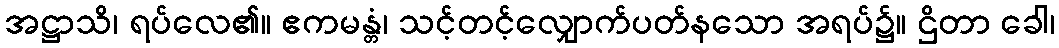
အဋ္ဌာသိ၊ ရပ်လေ၏။ ဧကမန္တံ၊ သင့်တင့်လျှောက်ပတ်နသော အရပ်၌။ ဌိတာ ခေါ၊